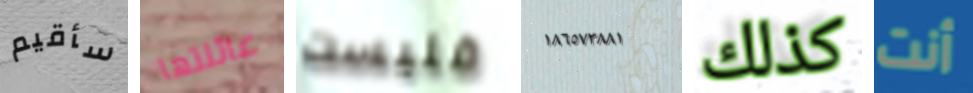
سأقيم عائلتها فليست ١٨٦٥٧٣٨٨١ كذلك أنت